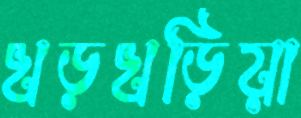
খড়খড়িয়া